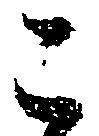
こ